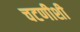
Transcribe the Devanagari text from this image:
चटणीशी